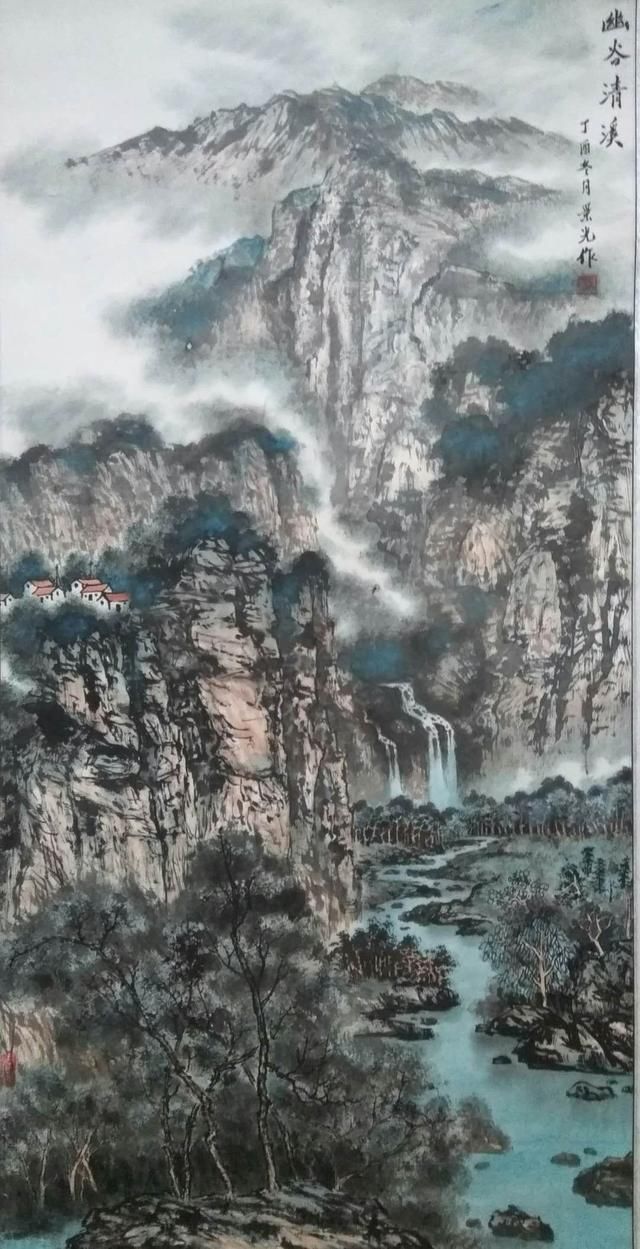
离愁不管人飘泊。年年孤负黄花约。